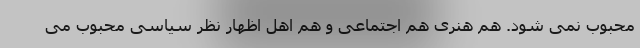
محبوب نمی شود. هم هنری هم اجتماعی و هم اهل اظهار نظر سیاسی محبوب می